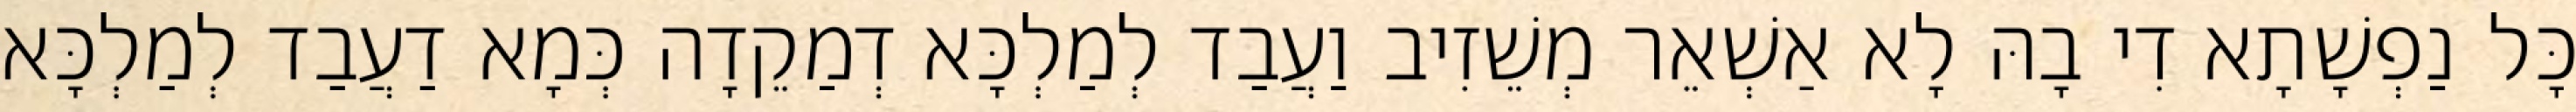
כָּל נַפְשָׁתָא דִי בָהּ לָא אַשְׁאֵר מְשֵׁזִיב וַעֲבַד לְמַלְכָּא דְמַקֵדָה כְּמָא דַעֲבַד לְמַלְכָּא